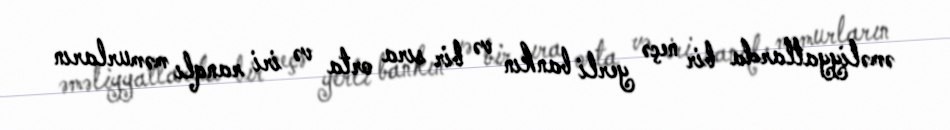
əməliyyatlarda bir neçə yerli bankın və bir sıra orta və iri ranqlı məmurların